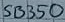
Text: SB350